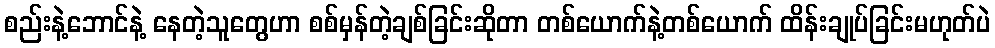
စည်းနဲ့ဘောင်နဲ့ နေတဲ့သူတွေဟာ စစ်မှန်တဲ့ချစ်ခြင်းဆိုတာ တစ်ယောက်နဲ့တစ်ယောက် ထိန်းချုပ်ခြင်းမဟုတ်ပဲ